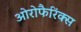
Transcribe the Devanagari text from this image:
ओरोफैरिंक्स